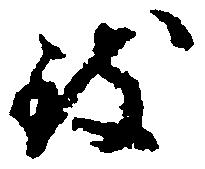
致